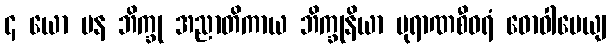
၄ ယော ပန ဘိက္ခု အညာတိကာယ ဘိက္ခုနိယာ ပုရာဏစီဝရံ ဓောဝါပေယျ